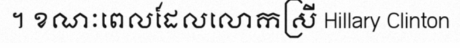
។ ខណៈពេលដែលលោកស្រី Hillary Clinton